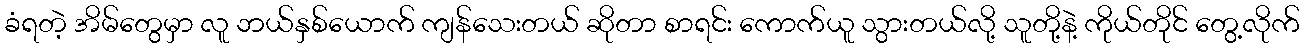
ခံရတဲ့ အိမ်တွေမှာ လူ ဘယ်နှစ်ယောက် ကျန်သေးတယ် ဆိုတာ စာရင်း ကောက်ယူ သွားတယ်လို့ သူတို့နဲ့ ကိုယ်တိုင် တွေ့လိုက်